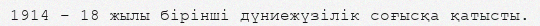
1914 – 18 жылы бірінші дүниежүзілік соғысқа қатысты.